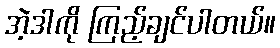
အဲ့ဒါကို ကြည့်ချင်ပါတယ်။